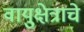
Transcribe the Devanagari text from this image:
वायुक्षेत्राचे